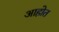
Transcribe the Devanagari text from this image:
अाहोत